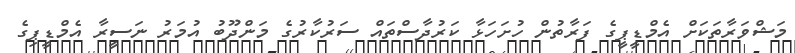
މަޝްވަރާތަކަށް އެމްޑީޕީގެ ފަރާތުން ހުށަހަޅާ ކަރުދާސްތައް ސަރުކާރުގެ މަންދޫބު އުމަރު ނަސީރާ އެމްޑީޕިގެ